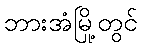
ဘားအံမြို့တွင်